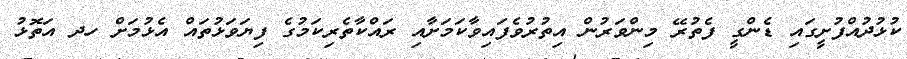
ކުޅުދުއްފުށީގައި ޑެންގީ ފެތުރޭ މިންވަރުން އިތުރުވެފައިވާކަމަށާއި ރައްކާތެރިކަމުގެ ފިޔަވަޅުތައް އެޅުމަށް ހދ އަތޮޅު